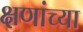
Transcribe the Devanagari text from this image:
क्षणांच्या